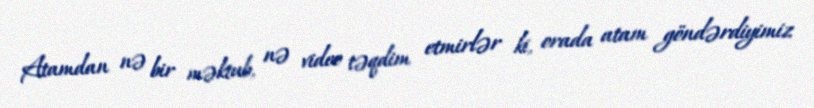
Atamdan nə bir məktub, nə video təqdim etmirlər ki, orada atam göndərdiyimiz